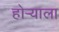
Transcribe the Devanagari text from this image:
होर्‍याला